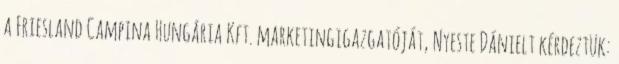
a Friesland Campina Hungária Kft. marketingigazgatóját, Nyeste Dánielt kérdeztük: